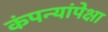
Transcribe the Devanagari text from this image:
कंपन्यांपेक्षा